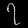
Digit: ၇